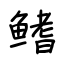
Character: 鳍